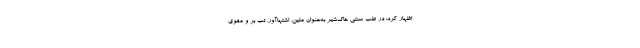
اظهار کرد: در طب سنتی خاک‌شیر به‌عنوان ملین، اشتهاآور، تب بر و مقوی